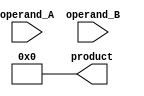
module booth_multiplier(
    input [15:0] operand_A,
    input [15:0] operand_B,
    output reg [31:0] product
);

reg [31:0] partial_product;
reg [4:0] counter;
reg sign_bit;
reg [15:0] a_shifted;

always @(*) begin
    a_shifted = {operand_A, 16'b0}; // Shift operand A left by 16 bits
    partial_product = 32'b0; // Initialize the partial product
    product = 32'b0; // Initialize the final product
    counter = 5'b0; // Initialize the counter

    repeat(16) begin
        if(a_shifted[15:0] == 2'b01 || a_shifted[15:0] == 2'b10) begin
            if(sign_bit == 1'b0)
                partial_product = partial_product + operand_B;
            else
                partial_product = partial_product - operand_B;
        end
        
        if((a_shifted[0] ^ a_shifted[15]) == 1'b1) begin
            if(a_shifted[0] == 1'b1) begin
                a_shifted = a_shifted + {operand_B, 16'b0};
                sign_bit = 1'b1;
            end
            else begin
                a_shifted = a_shifted - {operand_B, 16'b0};
                sign_bit = 1'b0;
            end
        end
        
        a_shifted = a_shifted >> 1;
    end
    
    product = partial_product;
end

endmodule